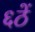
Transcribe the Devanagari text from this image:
६ठें